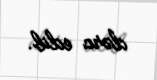
dərc edib.